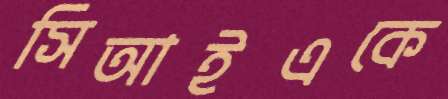
সিআইএকে